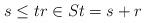
LaTeX: \begin{align*}s \le t r \in S t = s+r\end{align*}